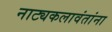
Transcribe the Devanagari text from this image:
नाट्यकलावंतांना